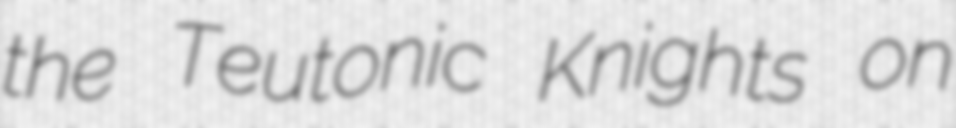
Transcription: the Teutonic Knights on